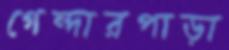
গেন্দারপাড়া